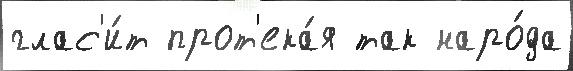
глас'и́т прот'ека́я так наро́да